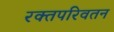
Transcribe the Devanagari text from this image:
रक्तपरिवतन